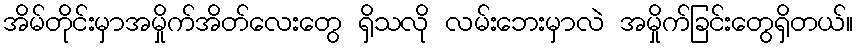
အိမ်တိုင်းမှာအမှိုက်အိတ်လေးတွေ ရှိသလို လမ်းဘေးမှာလဲ အမှိုက်ခြင်းတွေရှိတယ်။